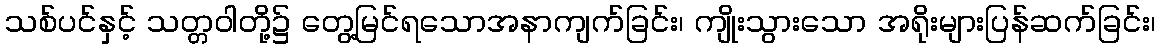
သစ်ပင်နှင့် သတ္တဝါတို့၌ တွေ့မြင်ရသောအနာကျက်ခြင်း၊ ကျိုးသွားသော အရိုးများပြန်ဆက်ခြင်း၊